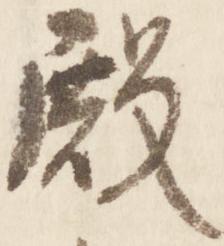
殿